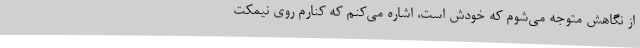
از نگاهش متوجه می‌شوم که خودش است، اشاره می‌کنم که کنارم روی نیمکت